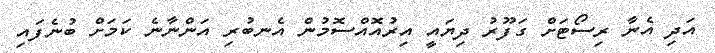
އަދި އެނާ ރިސޯޓަށް ގަފޫރު ދިޔައީ އިރުއޮއްސޮމުން އެނބުރި އަންނާނެ ކަމަށް ބުނެފައި